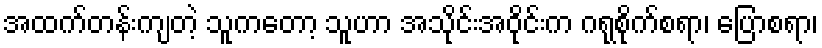
အထက်တန်းကျတဲ့ သူကတော့ သူဟာ အသိုင်းအဝိုင်းက ဂရုစိုက်စရာ၊ ပြောစရာ၊